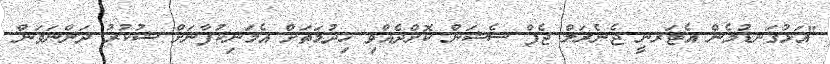
"އަޅުގަނޑުމެން އެޓަރނީ ޖެނެރަލް ޖެފް ސެޝަން ކޮށްދެއްވި ޚިދުމަތަށް އެމަނިކުފާނަށް ޝުކުރު ދަންނަވަން